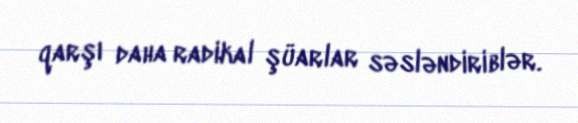
qarşı daha radikal şüarlar səsləndiriblər.